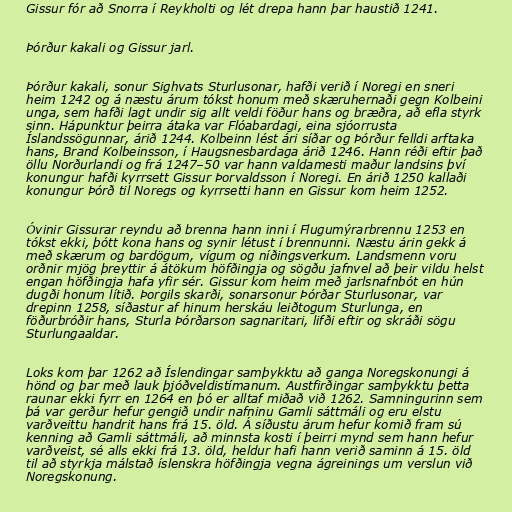
Gissur fór að Snorra í Reykholti og lét drepa hann þar haustið 1241.

Þórður kakali og Gissur jarl.

Þórður kakali, sonur Sighvats Sturlusonar, hafði verið í Noregi en sneri
heim 1242 og á næstu árum tókst honum með skæruhernaði gegn Kolbeini
unga, sem hafði lagt undir sig allt veldi föður hans og bræðra, að efla styrk
sinn. Hápunktur þeirra átaka var Flóabardagi, eina sjóorrusta
Íslandssögunnar, árið 1244. Kolbeinn lést ári síðar og Þórður felldi arftaka
hans, Brand Kolbeinsson, í Haugsnesbardaga árið 1246. Hann réði eftir það
öllu Norðurlandi og frá 1247–50 var hann valdamesti maður landsins því
konungur hafði kyrrsett Gissur Þorvaldsson í Noregi. En árið 1250 kallaði
konungur Þórð til Noregs og kyrrsetti hann en Gissur kom heim 1252.

Óvinir Gissurar reyndu að brenna hann inni í Flugumýrarbrennu 1253 en
tókst ekki, þótt kona hans og synir létust í brennunni. Næstu árin gekk á
með skærum og bardögum, vígum og níðingsverkum. Landsmenn voru
orðnir mjög þreyttir á átökum höfðingja og sögðu jafnvel að þeir vildu helst
engan höfðingja hafa yfir sér. Gissur kom heim með jarlsnafnbót en hún
dugði honum lítið. Þorgils skarði, sonarsonur Þórðar Sturlusonar, var
drepinn 1258, síðastur af hinum herskáu leiðtogum Sturlunga, en
föðurbróðir hans, Sturla Þórðarson sagnaritari, lifði eftir og skráði sögu
Sturlungaaldar.

Loks kom þar 1262 að Íslendingar samþykktu að ganga Noregskonungi á
hönd og þar með lauk þjóðveldistímanum. Austfirðingar samþykktu þetta
raunar ekki fyrr en 1264 en þó er alltaf miðað við 1262. Samningurinn sem
þá var gerður hefur gengið undir nafninu Gamli sáttmáli og eru elstu
varðveittu handrit hans frá 15. öld. Á síðustu árum hefur komið fram sú
kenning að Gamli sáttmáli, að minnsta kosti í þeirri mynd sem hann hefur
varðveist, sé alls ekki frá 13. öld, heldur hafi hann verið saminn á 15. öld
til að styrkja málstað íslenskra höfðingja vegna ágreinings um verslun við
Noregskonung.